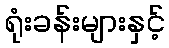
ရုံးခန်းများနှင့်